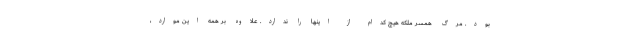
بود. مرگ همسر ملکه هیچ کدام از اینها را ندارد. علاوه بر همه این موارد،